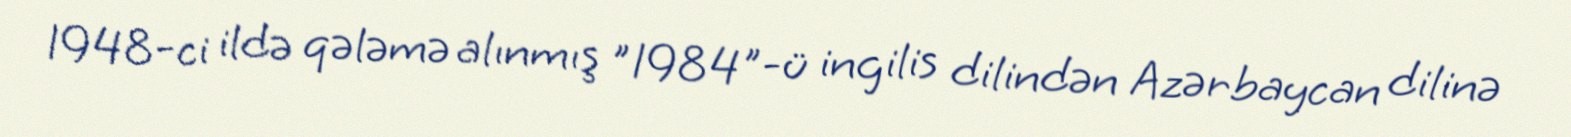
1948-ci ildə qələmə alınmış "1984"-ü ingilis dilindən Azərbaycan dilinə